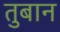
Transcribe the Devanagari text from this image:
तुबान